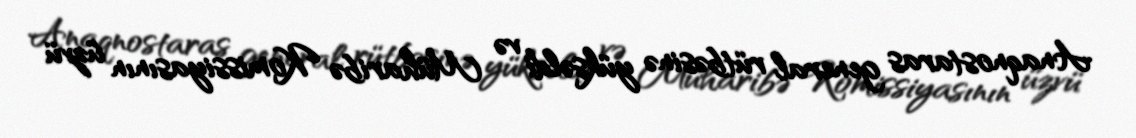
Anaqnostaras general rütbəsinə yüksəldi və Müharibə Komissiyasının üzvü